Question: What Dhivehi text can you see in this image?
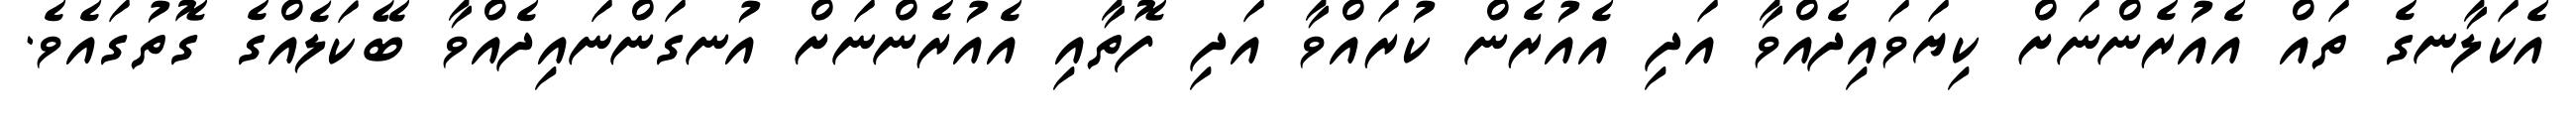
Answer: އެކަލާނގެ ތައް އެއުރެންނަށް ކިޔަވައިދެއްވާ އަދި އެއުރެން ކުރައްވާ އަދި ފޮތާއި އެއުރެންނަށް އުނގަންނައިދެއްވާ ބޭކަލެއްގެ ގޮތުގައެވެ.